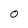
Character: 0